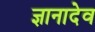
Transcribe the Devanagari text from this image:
ज्ञानादेव